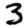
Digit: 3